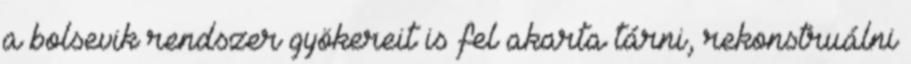
a bolsevik rendszer gyökereit is fel akarta tárni, rekonstruálni